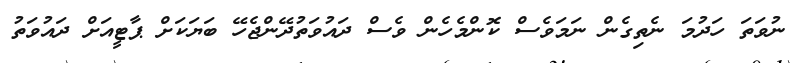
ނުވަތަ ހަދުމަ ނެތިގެން ނަމަވެސް ކޮންމެހެން ވެސް ދައުވަތުދޭންޖެހޭ ބަޔަކަށް ޕާޓީއަށް ދައުވަތު